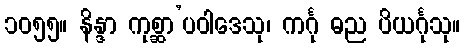
၁၀၅၅။ နိန္ဒာ ကုစ္ဆာ’ပဝါဒေသု၊ ကင်္ဂု ဓည ပိယင်္ဂုသု။